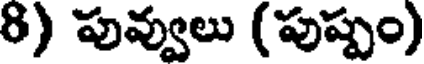
8) పువ్వులు (పుష్పం)